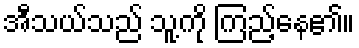
အီသယ်သည် သူ့ကို ကြည့်နေ၏။